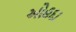
ઓહદા